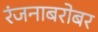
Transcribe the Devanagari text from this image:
रंजनाबरोबर